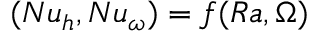
( N u _ { h } , N u _ { \omega } ) = f ( R a , \Omega )